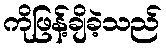
ကိုဖြန့်ချိခဲ့သည်